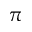
\pi